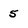
Character: 5